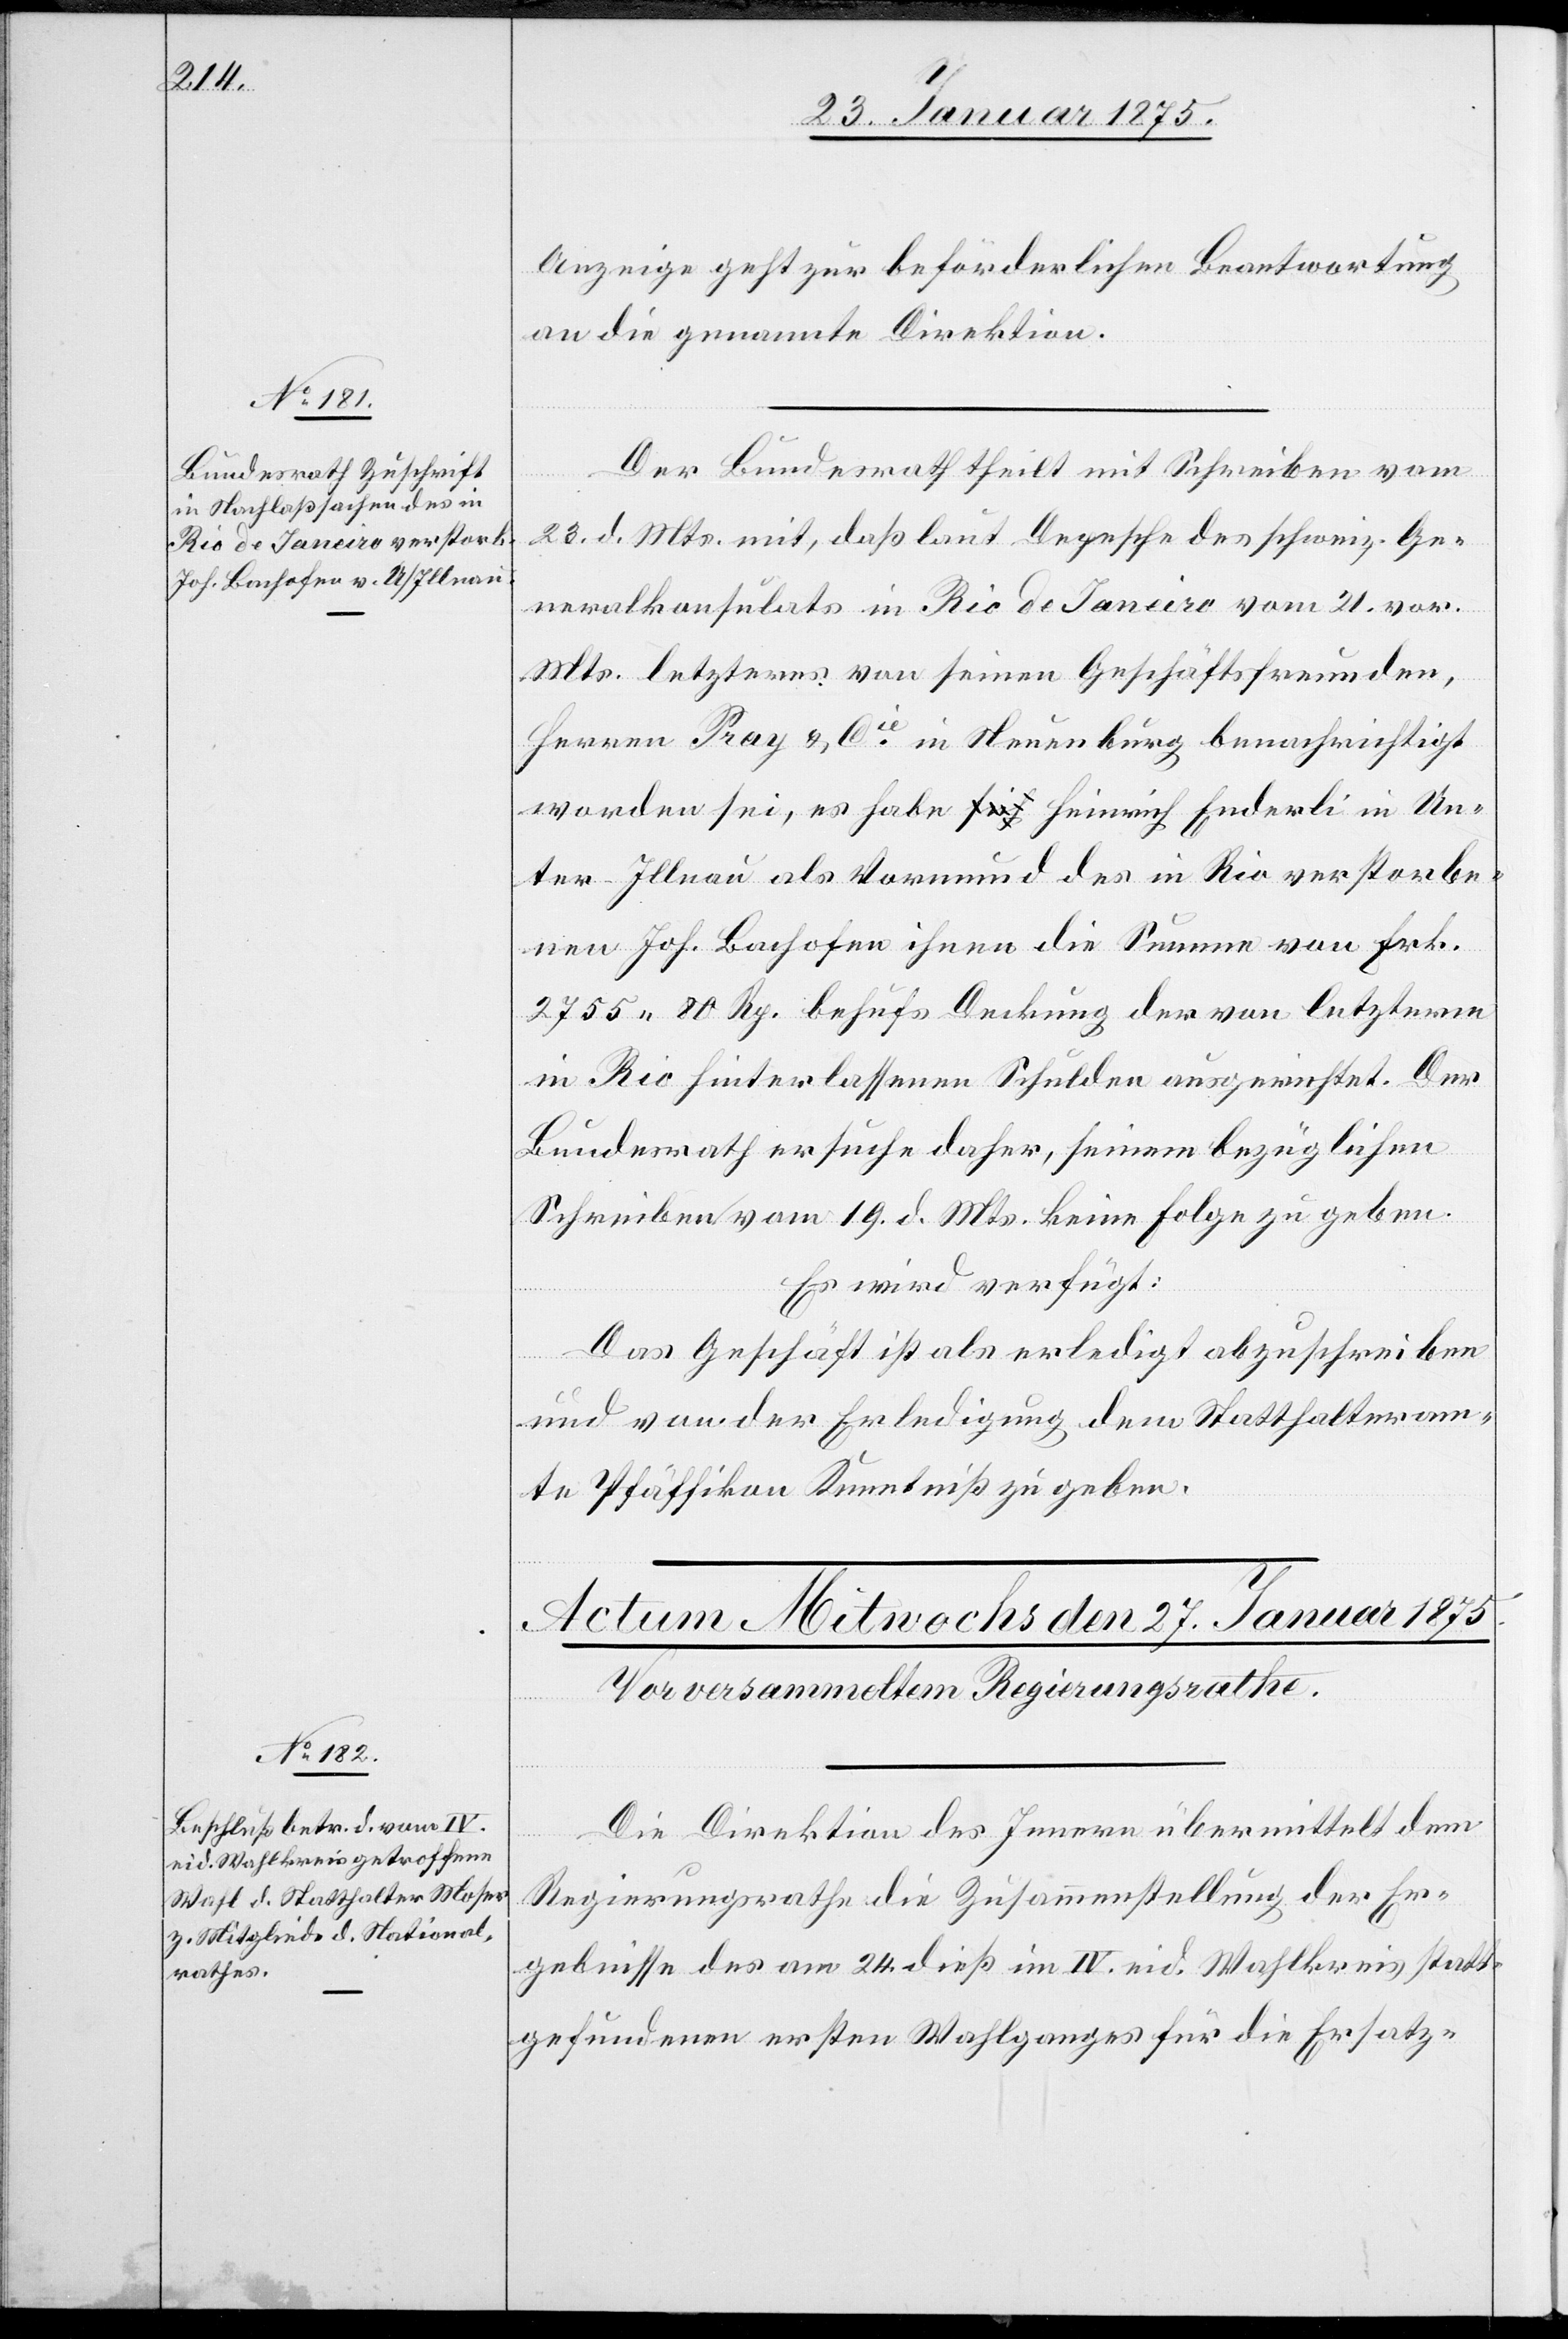
26. Januar 1875.]
Anzeige geht zur beförderlichen Beantwortung
an die genannte Direktion.
Der Bundesrath theilt mit Schreiben vom
23. d. Mts. mit, daß laut Depesche des schweiz. Ge¬
neralkonsulats in Rio de Janeiro vom 21. vor.
Mts. letzteres von seinen Geschäftsfreunden,
Herren Pray & Cie in Neuenburg benachrichtigt
worden sei, es habe Heinrich Enderli in Un¬
ter-Illnau als Vormund des in Rio verstorbe¬
nen Joh. Bachofen ihnen die Summe von Frk.
2755. 80 Rp. behufs Deckung der von letzterm
in Rio hinterlassenen Schulden ausgerichtet. Der
Bundesrath ersuche daher, seinem bezüglichen
Schreiben vom 19. d. Mts. keine Folge zu geben.
Es wird verfügt:
Das Geschäft ist als erledigt abzuschreiben
und von der Erledigung dem Statthalteram¬
te Pfäffikon Kenntniß zu geben.
Die Direktion des Innern übermittelt dem
Regierungsrathe die Zusammenstellung der Er¬
gebnisse des am 24. dieß im IV. eid. Wahlkreis statt¬
gefundenen ersten Wahlganges für die Ersatz-